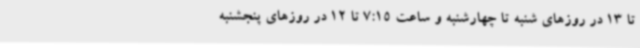
تا 13 در روزهای شنبه تا چهارشنبه و ساعت 7:15 تا 12 در روزهای پنجشنبه